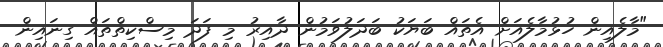
"މާލެއިން ހުޅުމާލެއަށް އެތައް ބަޔަކު ބަދަލުވަމުން ދާއިރު މި ފަދަ މިސްކިތްތައް ގިނައިން